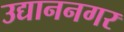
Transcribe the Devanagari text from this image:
उद्याननगर